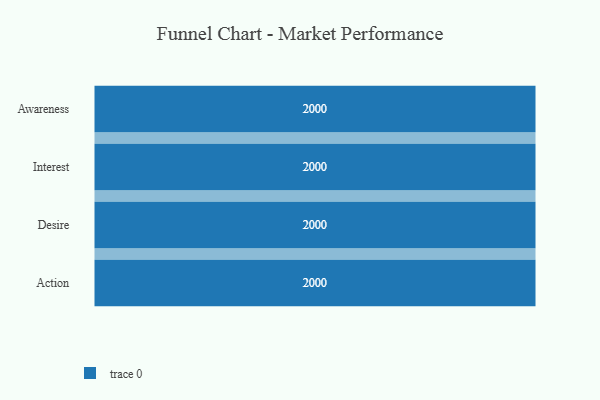
{"axis": {"x": "Stage", "y": "Value"}, "legend": [""], "data": [{"x": "Awareness", "y": 2000, "type": ""}, {"x": "Interest", "y": 2000, "type": ""}, {"x": "Desire", "y": 2000, "type": ""}, {"x": "Action", "y": 2000, "type": ""}]}